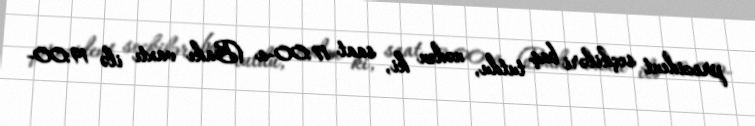
prezident seçkiləri baş tutdu, nədən ki, saat 17:00-a (Bakı vaxtı ilə 19:00-